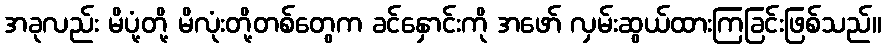
အခုလည်း မိပုံ့တို့ မိလုံးတို့တစ်တွေက ခင်နှောင်းကို အဖော် လှမ်းဆွယ်ထားကြခြင်းဖြစ်သည်။